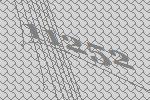
11252